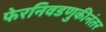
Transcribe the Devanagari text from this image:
फेरनिवडणुकीनंतर